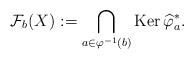
LaTeX: \begin{gather*}\mathcal{F}_{b}(X):=\bigcap_{a\in\varphi^{-1}(b)}\mbox{Ker}\,\widehat{\varphi}_{a}^{*}.\end{gather*}